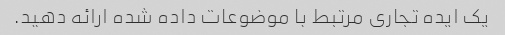
یک ایده تجاری مرتبط با موضوعات داده شده ارائه دهید.